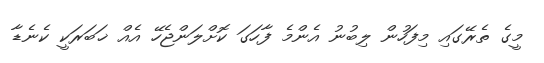
މީގެ ތެރޭގައި މިފަހުން ލިބުނު އެންމެ ފާހަގަ ކޮށްލަންޖެހޭ އެއް ޚަބަރަކީ ކެނެޑާ